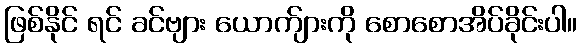
ဖြစ်နိုင် ရင် ခင်ဗျား ယောက်ျားကို စောစောအိပ်ခိုင်းပါ။